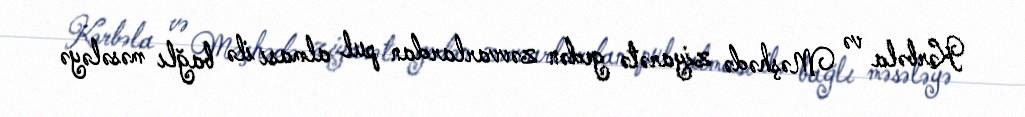
Kərbəla və Məşhədə ziyarətə gedən zəvvarlardan pul alması ilə bağlı məsələyə